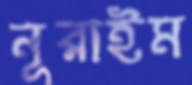
নূরাইম